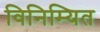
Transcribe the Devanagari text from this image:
विनिम्यित